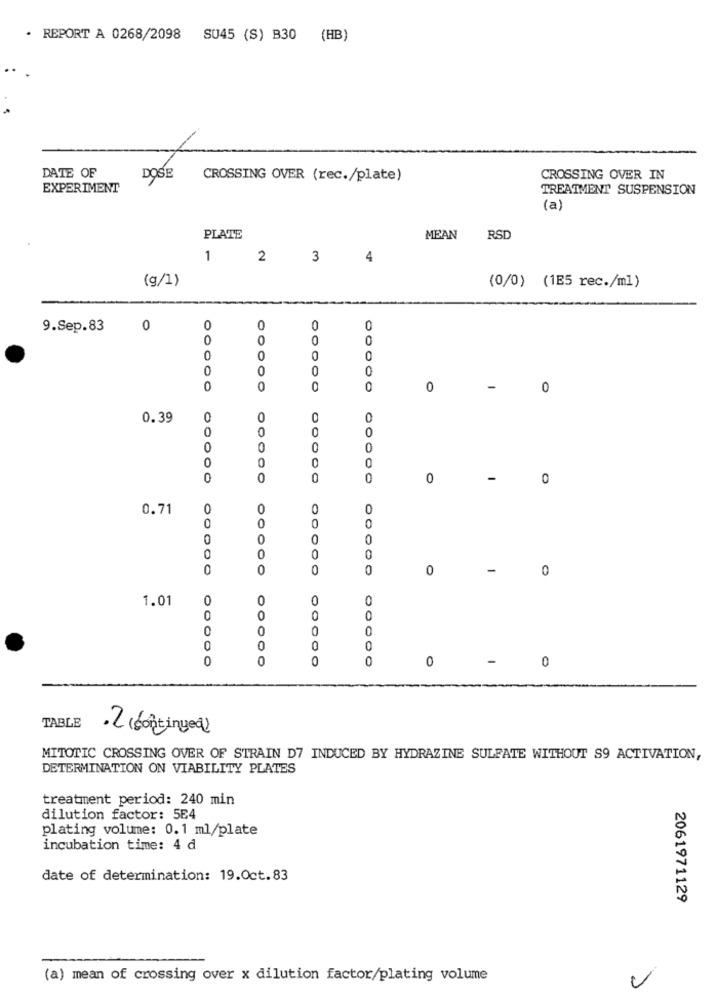
· REPORT A 0268/2098 SU45 (S) B30 (HB)
--
DATE OF
DOSE
CROSSING OVER (rec./plate)
CROSSING OVER IN
EXPERIMENT
TREATMENT SUSPENSION
(a)
PLATE
MEAN
RSD
1
2
3
4
(g/1)
(0/0) (1E5 rec./ml)
9.Sep.83
0
0
0
0
0
0
0
0
0
0
0
0
0
0
0
0
0
0
0
0
0
-
0
0.39
0
0
O
0
0
0
0
0
0
0
0
0
0
0
0
0
0
0
-
0
0.71
0
0
0
0
0
0
0
0
0
0
0
0
0
0
0
0
0
0
-
0
1.01
0
O
0
0
0
0
0
0
0
0
O
0
0
0
0
0
-
0
TABLE
.2 (6ontingea)
MITOTIC CROSSING OVER OF STRAIN D7 INDUCED BY HYDRAZINE SULFATE WITHOUT S9 ACTIVATION,
DETERMINATION ON VIABILITY PLATES
treatment period: 240 min
dilution factor: 5E4
plating volume: 0.1 ml/plate
incubation time: 4 d
date of determination: 19.Oct.83
2061971129
(a) mean of crossing over x dilution factor/plating volume